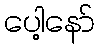
ပေါ့နော်